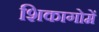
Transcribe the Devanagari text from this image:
शिकागोमें